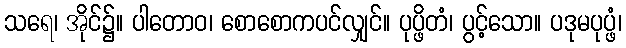
သရေ၊ အိုင်၌။ ပါတောဝ၊ စောစောကပင်လျှင်။ ပုပ္ဖိတံ၊ ပွင့်သော။ ပဒုမပုပ္ဖံ၊